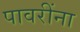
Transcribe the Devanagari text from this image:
पावरींना